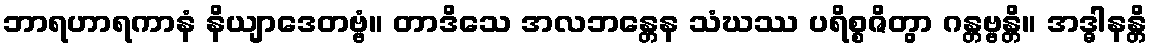
ဘာရဟာရကာနံ နိယျာဒေတဗ္ဗံ။ တာဒိသေ အလဘန္တေန သံဃဿ ပရိစ္စဇိတွာ ဂန္တဗ္ဗန္တိ။ အဒ္ဓါနန္တိ